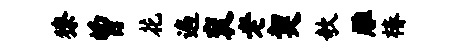
獠曾花遍衮老契欹雕椿